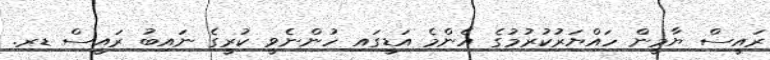
ރައީސް ޔާމީން ހައްޔަރުކުރުމުގެ އެންމެ އަޑީގައި ހުންނެވީ ކުރީގެ ނައިބު ރައީސް ޑރ.